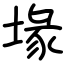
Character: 堟